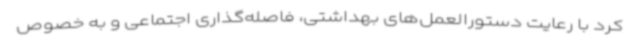
کرد با رعایت دستورالعمل‌های بهداشتی، فاصله‌گذاری اجتماعی و به خصوص